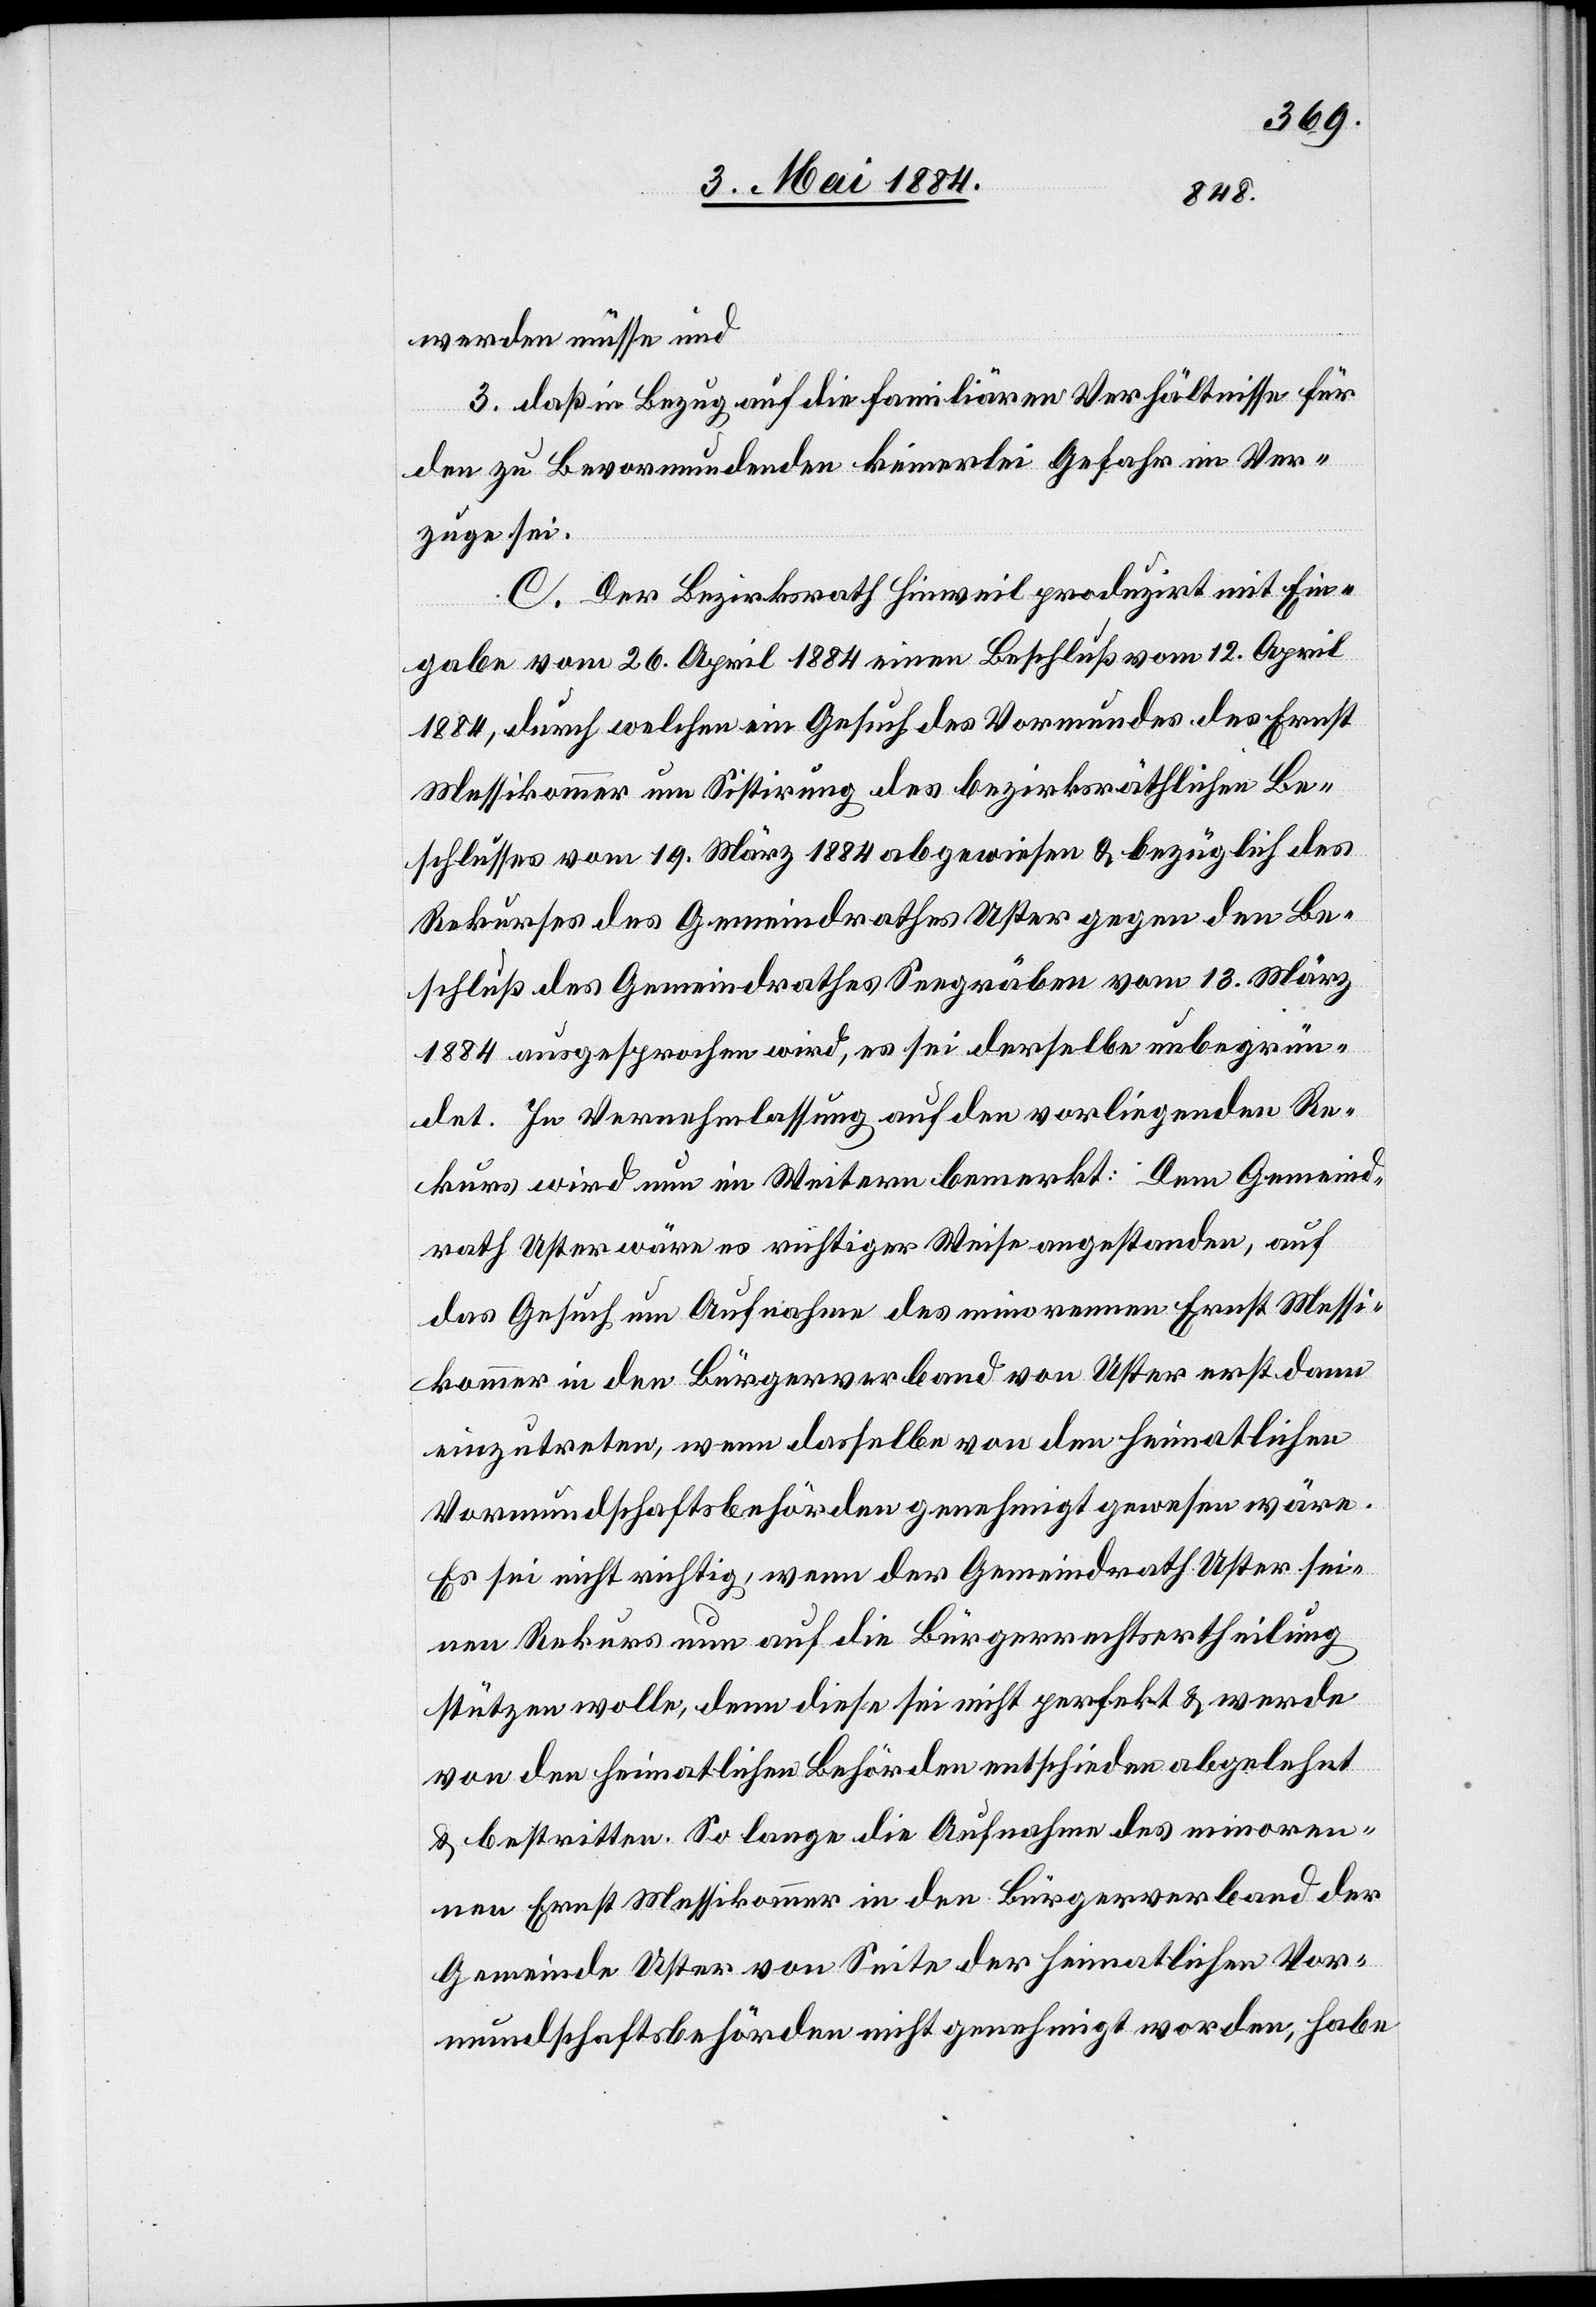
werden müsse und
3. daß in Bezug auf die familiären Verhältnisse für
den zu Bevormundenden keinerlei Gefahr im Ver¬
zuge sei.
C. Der Bezirksrath Hinweil produzirt mit Ein¬
gabe vom 26. April 1884 einen Beschluß vom 12. April
1884, durch welchen ein Gesuch des Vormundes des Ernst
Messikommer um Sistirung des Vormundes des bezirksräthlichen Be¬
schlusses vom 19. März 1884 abgewiesen & bezüglich des
Rekurses des Gemeindrathes Uster gegen den Be¬
schluß des Gemeindrathes Seegräben vom 13. März
1884 ausgesprochen wird, es sei derselbe unbegrün¬
det. In Vernehmlassung auf den vorliegenden Re¬
kurs wird nun im Weitern bemerkt: Dem Gemeind¬
rath Uster wäre es richtiger Wiese angestanden, auf
das Gesuch um Aufnahme des minorenen Ernst Messi¬
kommer in den Bürgerverband von Uster erst dann
einzutreten, wenn dasselbe von den heimatlichen
Vormundschaftsbehörden genehmigt gewesen wäre.
Es sei nicht richtig, wenn der Gemeindrath Uster sei¬
nen Rekurs nun auf die Bürgerrechtsertheilung
stützen wolle, denn diese sei nicht perfekt & werde
von den heimatlichen Behörden entschieden abgelehnt
& bestritten. So lange die Aufnahme des minoren¬
en Ernst Messikommer in den Bürgerverband der
Gemeinde Uster von Seite der heimatlichen Vor¬
mundschaftsbehörden nicht genehmigt worden, habe